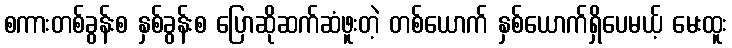
စကားတစ်ခွန်းစ နှစ်ခွန်းစ ပြောဆိုဆက်ဆံဖူးတဲ့ တစ်ယောက် နှစ်ယောက်ရှိပေမယ့် မေးထူး